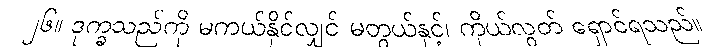
၂၆။ ဒုက္ခသည်ကို မကယ်နိုင်လျှင် မတွယ်နှင့်၊ ကိုယ်လွတ် ရှောင်ရသည်။